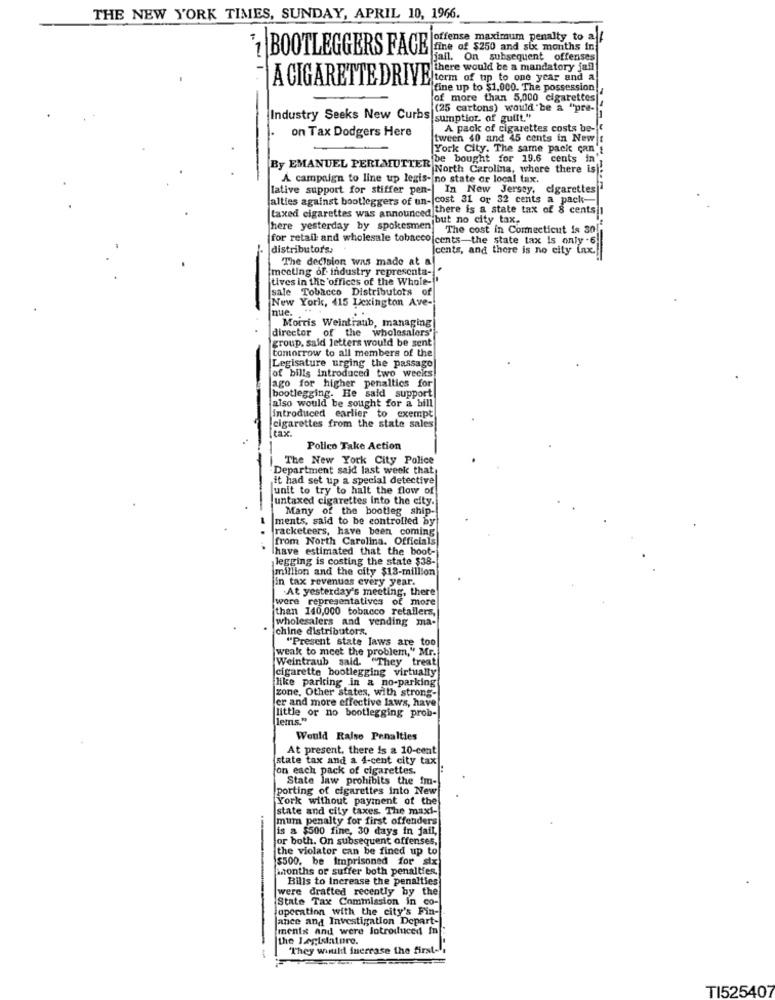
THE NEW YORK TIMES, SUNDAY, APRIL 10, 1966.
offense maximum penalty to a
't BOOTLEGGERS FACE
fine of $250 and six months in
jail. On subsequent offenses
there would be a mandatory fafl
A CIGARETTE DRIVEE
torm of tip to one year and a
fine up to $1,000. The possession
of more than 5,000 cigarettes|
(25 cartons) would be a "pre-
Industry Seeks New Curbs
sumption of guilt."
on Tax Dodgers Here
A pack of cigarettes costs be-(
tween 40 and 45 cents in New
York City. The same pack can'
be bought for 19.6 cents in
By EMANUEL PERLMUTTER
North Carolina, where there is)
A campaign to line up legis- no state or local tax.
lative support for stiffer pen-
In New Jersey, cigarettes
lalties against bootleggers of un- cost 31 or 32 cents a pack-
taxed cigarettes was announced there is a state tax of 8 cents 1
but no city tax.
here yesterday by spokesmen|
The cost in Connecticut is 30
for retail and wholesale tobacco cents-the state tax Is only .6
distributors.
cents, and there is no city fax.
The decision was made at a
meeting of industry representa-
tives in the 'offices of the Whole-'
sale Tobacco Distributors of
New York, 415 Lexington Ave-
nue. ...
Morris Weintraub, managing
director of the wholesalers'
group, said letters would be sent
tomorrow to all members of the
Legisature urging the passage
ago for higher penaltics for
of bills introduced two weeks
bootlegging. He said support
also would be sought for a bill
introduced earlier to exempt
[tax.
cigarettes from the state sales
Polico Take Action
The New York City Police
Department said last week that
it had set up a special detective
unit to try to halt the flow of
untaxed cigarettes into the city.
Many of the bootleg ship-
ments, said to be controlled by
racketeers, have been coming
from North Carolina. Officials
..
have estimated that the boot-
legging is costing the state $38-
million and the city $13-million
In tax revenuas every year.
At yesterday's meeting, there
were representatives of more
than 140,000 tobacco retailers,
wholesalers and vending ma-
chine distributors.
"Present state laws are too
Weintraub said. "They treat
weak to meet the problem," Mr.
cigarette bootlegging virtually!
like parking in a no-parking
zone, Other states, with strong-
er and more effective laws, have
little or no bootlegging prob-
lems."
Would Ralse Penalties
At present, there is a 10-cent
state tax and a 4-cent city tax
on each pack of cigarettes,
State law prohibits the im-
porting of cigarettes into New
York without payment of the
state and city taxes. The maxi-
mum penalty for first offenders
is a $500 fine, 30 days in jail,
for both. On subsequent offenses,
the violator can be fined up to
$500, be Imprisoned for six
months or suffer both penalties,
Bills to Increase the penalties
were drafted recently by the
State Tax Commission in co-
operation with the city's Fin-
ance and Investigation Depart-
menis and were lotroduced In
the Legislature.
"They would Inercase the first-
TI525407